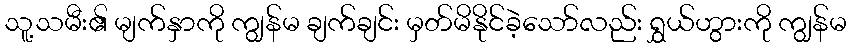
သူ့သမီး၏ မျက်နှာကို ကျွန်မ ချက်ချင်း မှတ်မိနိုင်ခဲ့သော်လည်း ရွှယ်ဟွားကို ကျွန်မ